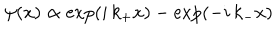
\psi ( x ) \propto \exp ( i \, k _ { + } x ) - \exp ( - i \, k _ { - } x )